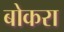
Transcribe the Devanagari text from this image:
बोकरा